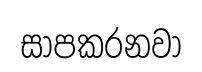
සාපකරනවා